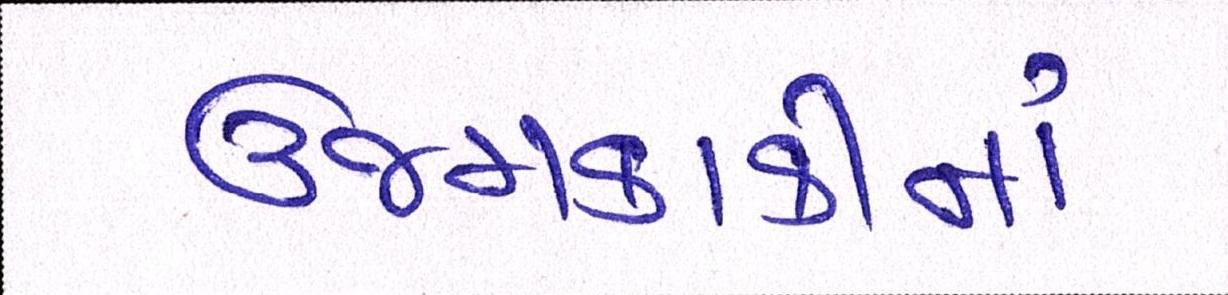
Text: ઉજમકાકીનાં